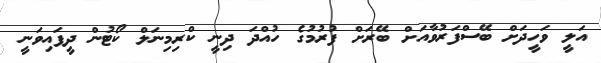
އަލީ ވަހީދަށް ބޭސްފަރުވާއަށް ބޭރަށް ފުރުމުގެ ހުއްދަ ދިނީ ކްރިމިނަލް ކޯޓުން ދީފައިވަނީ